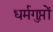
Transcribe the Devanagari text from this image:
धर्मगुप्तों